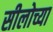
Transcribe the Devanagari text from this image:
सीलोच्या